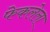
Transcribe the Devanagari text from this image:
फेकलेला